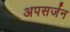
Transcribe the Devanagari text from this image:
अपसर्जन